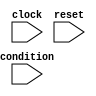
module generate_while_loop (
  input wire condition,
  input wire clock,
  input wire reset
);
  
  reg [31:0] counter;
  
  always @(posedge clock or posedge reset) begin
    if (reset) begin
      counter <= 0;
    end else begin
      if (condition) begin
        counter <= counter + 1;
      end
    end
  end
  
endmodule